Annual administration report of the Civil Veterinary Department of India - 1898-1899
Year: 1898
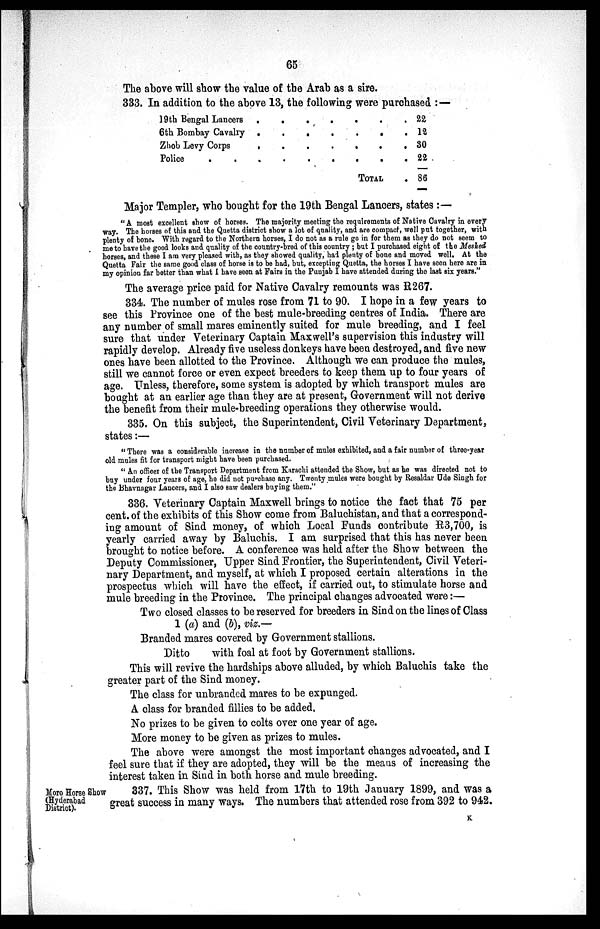
65
The above will show the value of the Arab as a sire.
333. In addition to the above 13, the following were purchased:—
19th Bengal Lancers . . . . . . .
6th Bombay Cavalry . . . . . . .
Zhob Levy Corps . . . . . . . .
Police . . . . . . . . .
TOTAL
22
12
30
22
86
Major Templer, who bought for the 19th Bengal Lancers, states:—
"A most excellent show of horses. The majority meeting the requirements of Native Cavalry in every
way. The horses of this and the Quetta district show a lot of quality, and are compact, well put together, with
plenty of bone. With regard to the Northern horses, I do not as a rule go in for them as they do not seem to
me to have the good looks and quality of the country-bred of this country; but I purchased eight of the Meshed
horses, and these I am very pleased with, as they showed quality, had plenty of bone and moved well. At the
Quetta Fair the same good class of horse is to be had, but, excepting Quetta, the horses I have seen here are in
my opinion far better than what I have seen at Fairs in the Punjab I have attended during the last six years."
The average price paid for Native Cavalry remounts was R267.
334. The number of mules rose from 71 to 90. I hope in a few years to
see this Province one of the best mule-breeding centres of India. There are
any number of small mares eminently suited for mule breeding, and I feel
sure that under Veterinary Captain Maxwell's supervision this industry will
rapidly develop. Already five useless donkeys have been destroyed, and five new
ones have been allotted to the Province. Although we can produce the mules,
still we cannot force or even expect breeders to keep them up to four years of
age. Unless, therefore, some system is adopted by which transport mules are
bought at an earlier age than they are at present, Government will not derive
the benefit from their mule-breeding operations they otherwise would.
335. On this subject, the Superintendent, Civil Veterinary Department,
states:—
"There was a considerable increase in the number of mules exhibited, and a fair number of three-year
old mules fit for transport might have been purchased.
"An officer of the Transport Department from Karachi attended the Show, but as he was directed not to
buy under four years of age, he did not purchase any. Twenty mules were bought by Resaldar Ude Singh for
the Bhavnagar Lancers, and I also saw dealers buying them."
336. Veterinary Captain Maxwell brings to notice the fact that 75 per
cent. of the exhibits of this Show come from Baluchistan, and that a correspond-
ing amount of Sind money, of which Local Funds contribute R3,700, is
yearly carried away by Baluchis. I am surprised that this has never been
brought to notice before. A conference was held after the Show between the
Deputy Commissioner, Upper Sind Frontier, the Superintendent, Civil Veteri-
nary Department, and myself, at which I proposed certain alterations in the
prospectus which will have the effect, if carried out, to stimulate horse and
mule breeding in the Province. The principal changes advocated were:—
Two closed classes to be reserved for breeders in Sind on the lines of Class
1 (a) and (b), viz.—
Branded mares covered by Government stallions.
Ditto
with foal at foot by Government stallions.
This will revive the hardships above alluded, by which Baluchis take the
greater part of the Sind money.
The class for unbranded mares to be expunged.
A class for branded fillies to be added,
No prizes to be given to colts over one year of age.
More money to be given as prizes to mules.
The above were amongst the most important changes advocated, and I
feel sure that if they are adopted, they will be the means of increasing the
interest taken in Sind in both horse and mule breeding.
Moro Horse Show
(Hyderabad
District).
337. This Show was held from 17th to 19th January 1899, and was a
great success in many ways. The numbers that attended rose from 392 to 942.
K